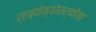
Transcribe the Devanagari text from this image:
र्हब्दोम्योसर्कोमा